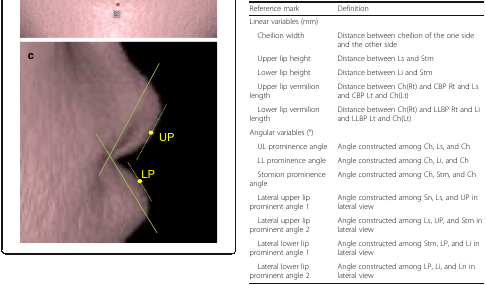
<table><thead><tr><td><b>Reference mark</b></td><td><b>Definition</b></td></tr></thead><tbody><tr><td colspan="2">Linear variables (mm)</td></tr><tr><td> Cheilion width</td><td>Distance between cheilion of the one side and the other side</td></tr><tr><td> Upper lip height</td><td>Distance between Ls and Stm</td></tr><tr><td> Lower lip height</td><td>Distance between Li and Stm</td></tr><tr><td> Upper lip vermilion length</td><td>Distance between Ch(Rt) and CBP Rt and Ls and CBP Lt and Ch(Lt)</td></tr><tr><td> Lower lip vermilion length</td><td>Distance between Ch(Rt) and LLBP Rt and Li and LLBP Lt and Ch(Lt)</td></tr><tr><td colspan="2">Angular variables (°)</td></tr><tr><td> UL prominence angle</td><td>Angle constructed among Ch, Ls, and Ch</td></tr><tr><td> LL prominence angle</td><td>Angle constructed among Ch, Li, and Ch</td></tr><tr><td> Stomion prominence angle</td><td>Angle constructed among Ch, Stm, and Ch</td></tr><tr><td> Lateral upper lip prominent angle 1</td><td>Angle constructed among Sn, Ls, and UP in lateral view</td></tr><tr><td> Lateral upper lip prominent angle 2</td><td>Angle constructed among Ls, UP, and Stm in lateral view</td></tr><tr><td> Lateral lower lip prominent angle 1</td><td>Angle constructed among Stm, LP, and Li in lateral view</td></tr><tr><td> Lateral lower lip prominent angle 2</td><td>Angle constructed among LP, Li, and Ln in lateral view</td></tr></tbody></table>